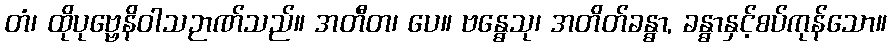
တံ၊ ထိုပုဗ္ဗေနိဝါသဉာဏ်သည်။ အတီတ၊ ပေ။ ဗန္ဓေသု၊ အတိတ်ခန္ဓာ, ခန္ဓာနှင့်စပ်ကုန်သော။